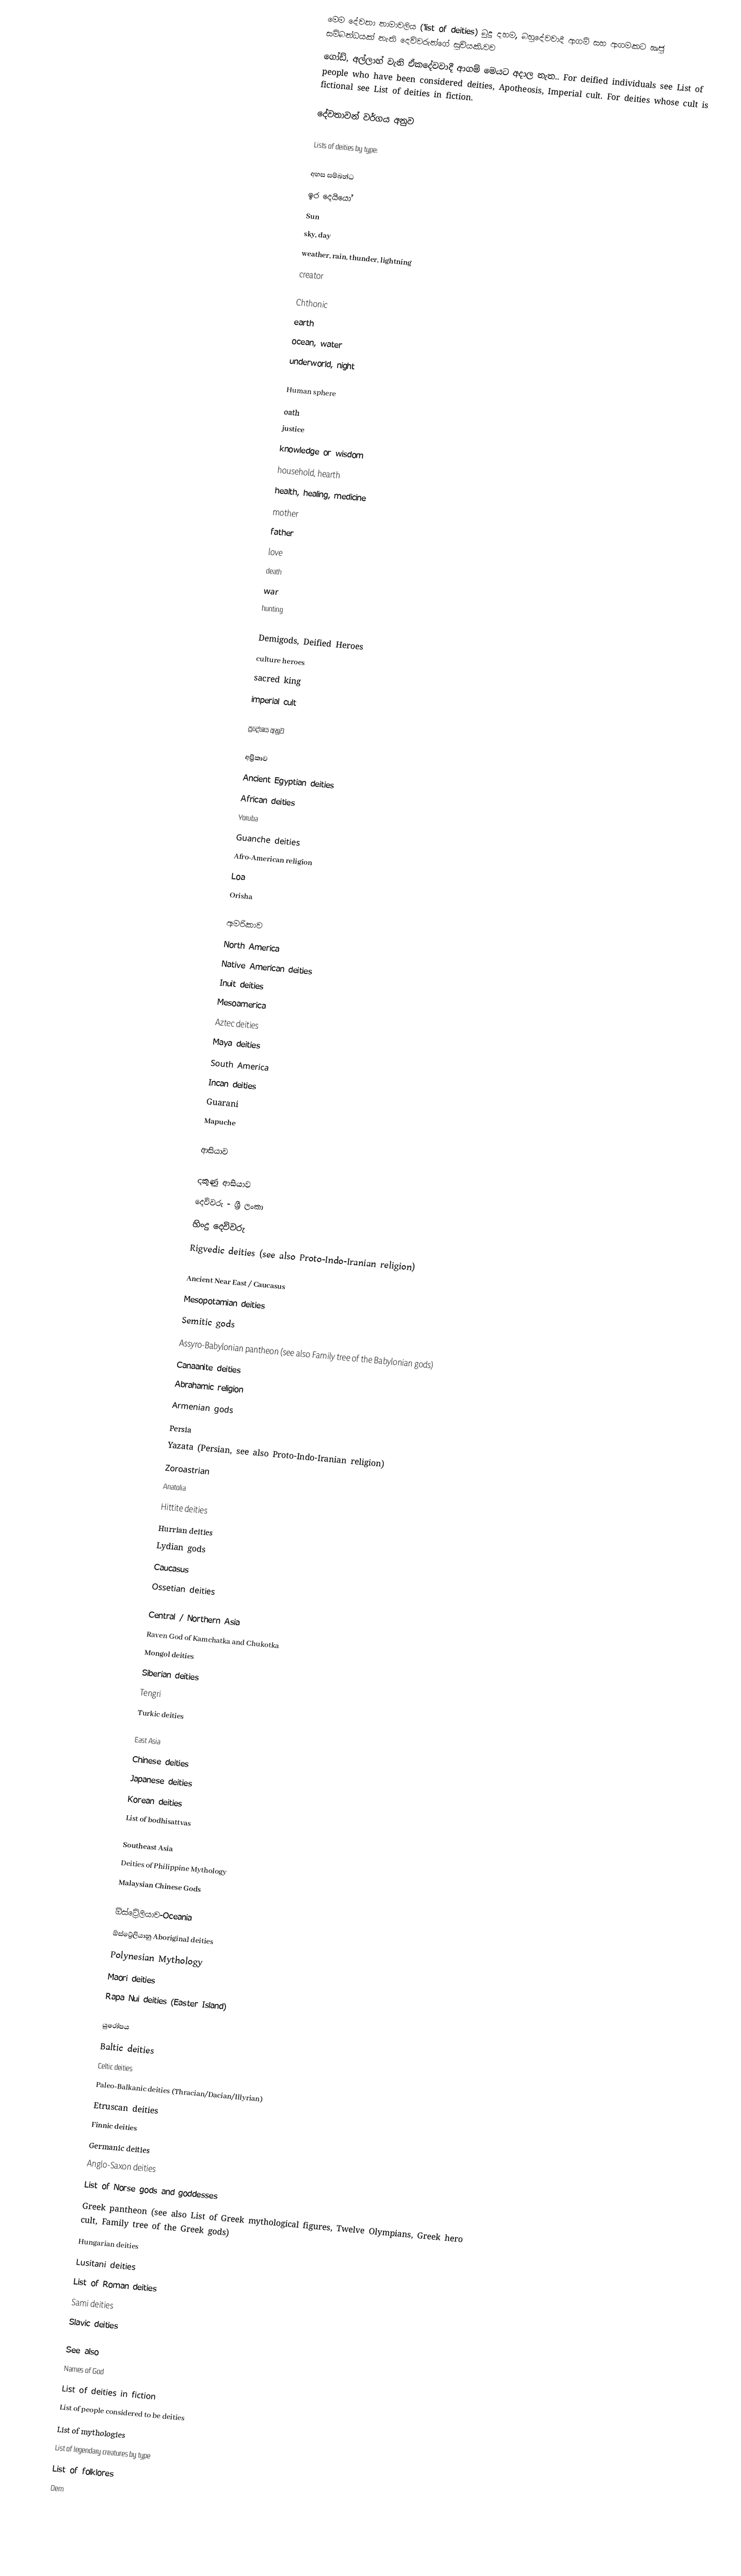
මෙම දේවතා නාමාවලිය ('list of deities) බුදු දහම, බහුදේවවාදී ආගම් සහ ආගමකට ඍජු සම්බන්ධයක් නැති දෙවිවරුන්ගේ සුචියකි.වව
ගෝඩ්, අල්ලාහ් වැනි ඒකදේවවාදී ආගම් මෙයට අදාල නැත.. For deified individuals see List of people who have been considered deities, Apotheosis, Imperial cult. For deities whose cult is fictional see List of deities in fiction.

දේවතාවන් වර්ගය අනුව

Lists of deities by type:

අහස සම්බන්ධ
ඉර දෙයියෝ
Sun
sky, day
weather, rain, thunder, lightning
creator

Chthonic
earth
ocean, water
underworld, night

Human sphere
oath
justice
knowledge or wisdom
household, hearth
health, healing, medicine
mother
father
love
death
war
hunting

Demigods, Deified Heroes
culture heroes
sacred king
imperial cult

ප්‍රදේශය අනුව

අප්‍රිකාව
Ancient Egyptian deities
African deities
Yoruba
Guanche deities
Afro-American religion
Loa
Orisha

ඇමරිකාව
North America
Native American deities
Inuit deities
Mesoamerica
Aztec deities
Maya deities
South America
Incan deities
Guarani
Mapuche

ආසියාව

දකුණු ආසියාව
දෙවිවරු - ශ්‍රී ලංකා
හිංදු දෙවිවරු
Rigvedic deities (see also Proto-Indo-Iranian religion)

Ancient Near East / Caucasus
Mesopotamian deities
Semitic gods
Assyro-Babylonian pantheon (see also Family tree of the Babylonian gods)
Canaanite deities
Abrahamic religion
Armenian gods
Persia
Yazata (Persian, see also Proto-Indo-Iranian religion)
Zoroastrian
Anatolia
Hittite deities
Hurrian deities
Lydian gods
Caucasus
Ossetian deities

Central / Northern Asia
Raven God of Kamchatka and Chukotka
Mongol deities
Siberian deities
Tengri
Turkic deities

East Asia
Chinese deities
Japanese deities
Korean deities
List of bodhisattvas

Southeast Asia
Deities of Philippine Mythology
Malaysian Chinese Gods

ඕස්ට්‍රේලියාව-Oceania
ඕස්ට්‍රේලියානු Aboriginal deities
Polynesian Mythology
Maori deities
Rapa Nui deities (Easter Island)

යුරෝපය
Baltic deities
Celtic deities
Paleo-Balkanic deities (Thracian/Dacian/Illyrian)
Etruscan deities
Finnic deities
Germanic deities
Anglo-Saxon deities
List of Norse gods and goddesses
Greek pantheon  (see also List of Greek mythological figures, Twelve Olympians, Greek hero cult, Family tree of the Greek gods)
Hungarian deities
Lusitani deities
List of Roman deities
Sami deities
Slavic deities

See also
 Names of God
 List of deities in fiction
 List of people considered to be deities
 List of mythologies
 List of legendary creatures by type
 List of folklores
 Dem